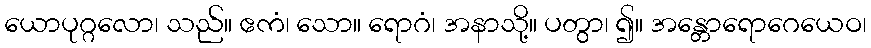
ယောပုဂ္ဂလော၊ သည်။ ဧကံ၊ သော။ ရောဂံ၊ အနာသို့။ ပတွာ၊ ၍။ အန္တောရောဂေယေဝ၊